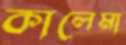
কালেমা